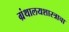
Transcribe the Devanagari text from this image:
ग्रंथालयशास्त्राचा